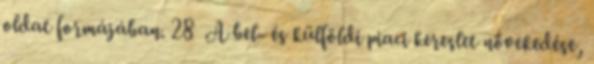
oldat formájában. 28 A bel- és külföldi piaci kereslet növekedése,